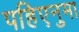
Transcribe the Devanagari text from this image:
पहिएनुमा